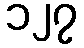
၁၂၇